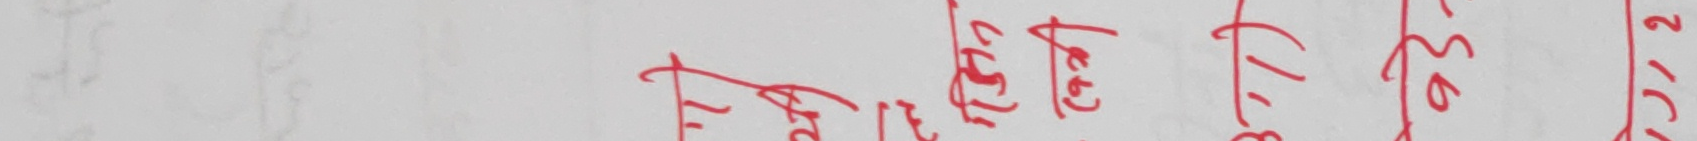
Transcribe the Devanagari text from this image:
फाट्टै ८३.९८९ ३२.२. २